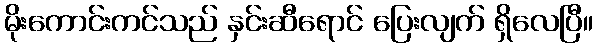
မိုးကောင်းကင်သည် နှင်းဆီရောင် ပြေးလျက် ရှိလေပြီ။